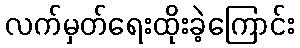
လက်မှတ်ရေးထိုးခဲ့ကြောင်း